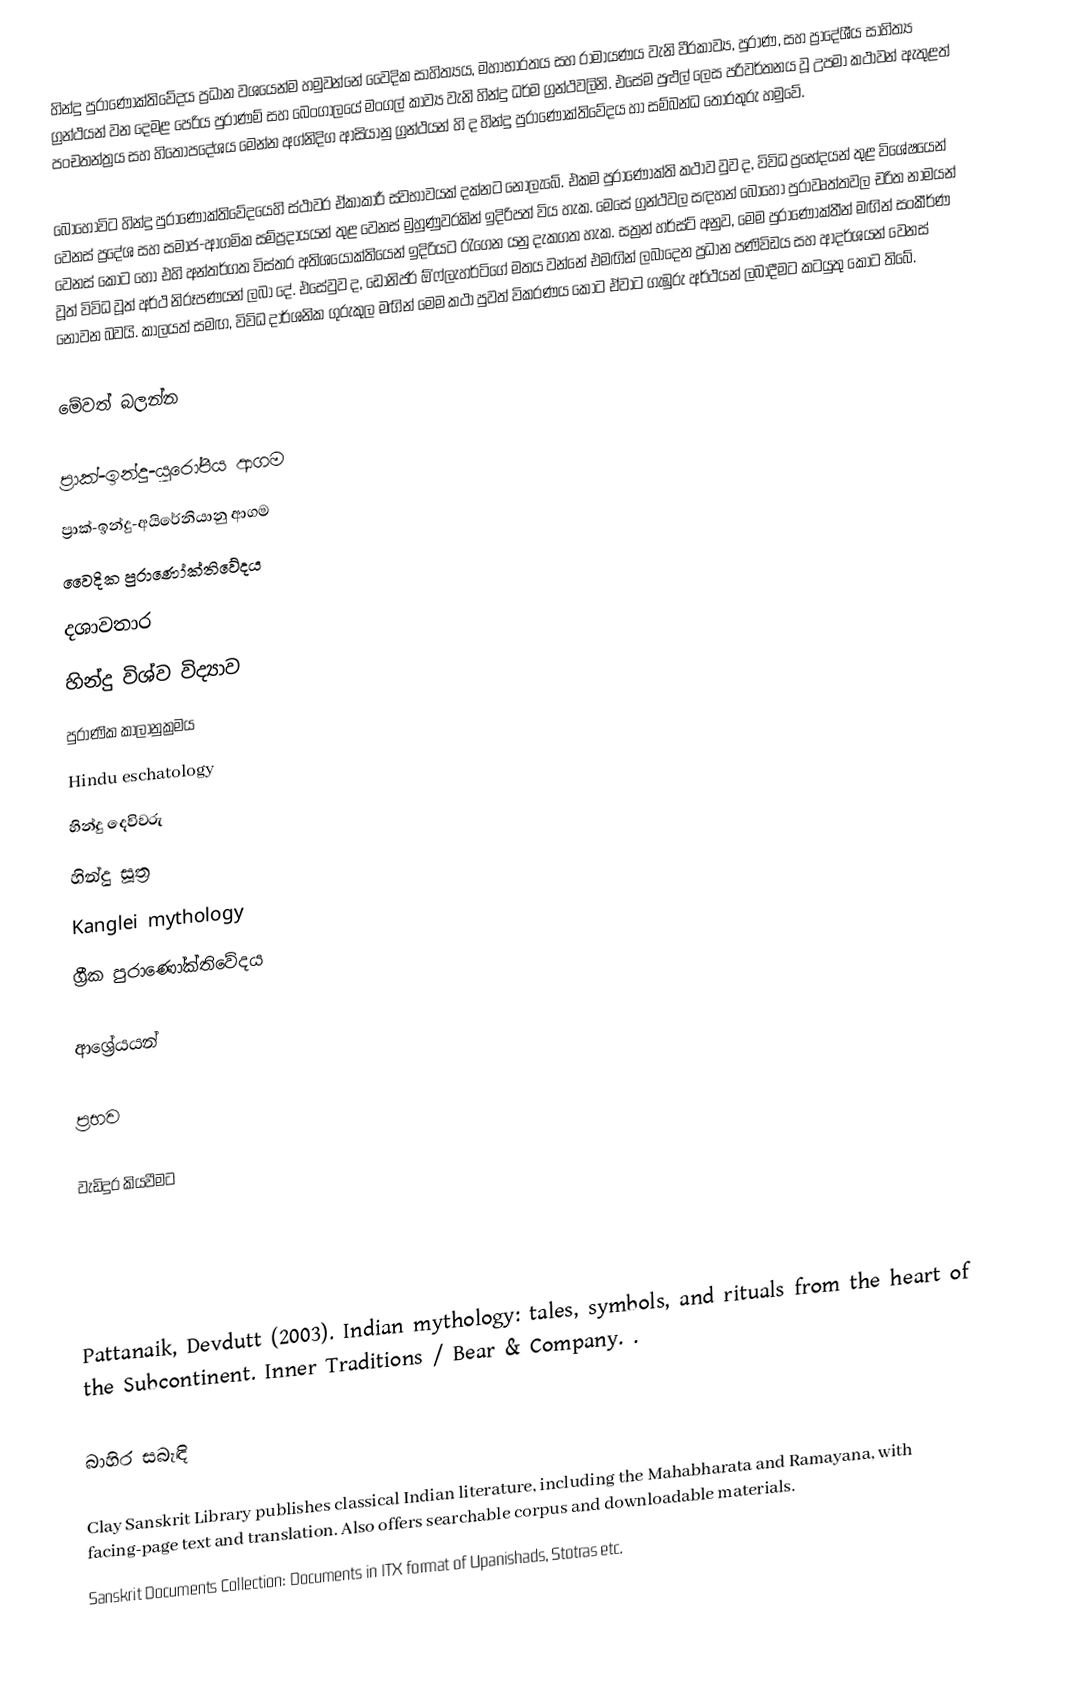
හින්දු පුරාණෝක්තිවේදය ප්‍රධාන වශයෙන්ම හමුවන්නේ වෛදික සාහිත්‍යය, මහාභාරතය සහ රාමායණය වැනි වීරකාව්‍ය, පුරාණ, සහ ප්‍රාදේශීය සාහිත්‍ය ග්‍රන්ථයන් වන දෙමළ පෙරිය පුරාණම් සහ බෙංගාලයේ මංගල් කාව්‍ය වැනි හින්දු ධර්ම ග්‍රන්ථවලිනි. එසේම පුළුල් ලෙස පරිවර්තනය වූ උපමා කථාවන් ඇතුළත් පංචතන්ත්‍රය සහ හිතෝපදේශය මෙන්න අග්නිදිග ආසියානු ග්‍රන්ථයන් හි ද හින්දු පුරාණෝක්තිවේදය හා සම්බන්ධ තොරතුරු හමුවේ.

බොහෝවිට හින්දු පුරාණෝක්තිවේදයෙහි ස්ථාවර ඒකාකාරී ස්වභාවයක් දක්නට නොලැබේ. එකම පුරාණෝක්ති කථාව වුව ද, විවිධ ප්‍රභේදයන් තුළ විශේෂයෙන් වෙනස් ප්‍රදේශ සහ සමාජ-ආගමික සම්ප්‍රදායයන් තුළ වෙනස් මුහුණුවරකින් ඉදිරිපත් විය හැක. මෙසේ ග්‍රන්ථවල සඳහන් බොහෝ පුරාවෘත්තවල චරිත නාමයන් වෙනස් කොට හෝ එහි අන්තර්ගත විස්තර අතිශයෝක්තියෙන් ඉදිරියට රැගෙන යනු දැකගත හැක. සත්‍රන් හර්ස්ට් අනුව, මෙම පුරාණෝක්තීන් මඟින් සංකීර්ණ වූත් විවිධ වූත් අර්ථ නිරූපණයන් ලබා දේ. එසේවුව ද, ඩොනිජර් ඕ'ෆ්ලැහර්ටිගේ මතය වන්නේ එමඟින් ලබාදෙන ප්‍රධාන පණිවිඩය සහ ආදර්ශයන් වෙනස් නොවන බවයි.  කාලයත් සමඟ, විවිධ දාර්ශනික ගුරුකුල මඟින් මෙම කථා පුවත් විකරණය කොට ඒවාට ගැඹුරු අර්ථයන් ලබාදීමට කටයුතු කොට තිබේ.

මේවත් බලන්න

 ප්‍රාක්-ඉන්දු-යුරෝපීය ආගම
 ප්‍රාක්-ඉන්දු-අයිරේනියානු ආගම
 වෛදික පුරාණෝක්තිවේදය
 දශාවතාර
 හින්දු විශ්ව විද්‍යාව
 පුරාණික කාලානුක්‍රමය
 Hindu eschatology
 හින්දු දෙවිවරු
 හින්දු සූත්‍ර
 Kanglei mythology
 ග්‍රීක පුරාණෝක්තිවේදය

ආශ්‍රේයයන්

ප්‍රභව

වැඩිදුර කියවීමට

 Pattanaik, Devdutt (2003). Indian mythology: tales, symbols, and rituals from the heart of the Subcontinent. Inner Traditions / Bear & Company. .

බාහිර සබැඳි

 Clay Sanskrit Library publishes classical Indian literature, including the Mahabharata and Ramayana, with facing-page text and translation. Also offers searchable corpus and downloadable materials.
 Sanskrit Documents Collection: Documents in ITX format of Upanishads, Stotras etc.